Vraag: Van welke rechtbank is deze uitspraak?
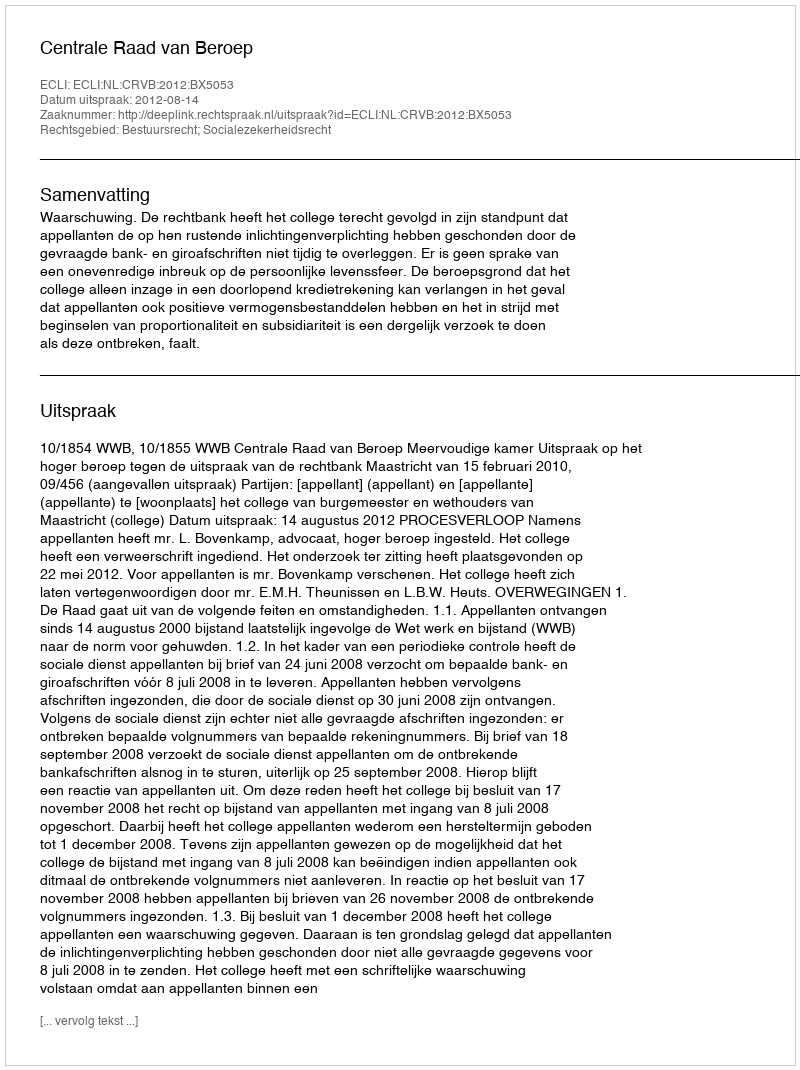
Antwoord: Centrale Raad van Beroep